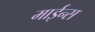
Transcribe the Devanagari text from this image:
माईन्स